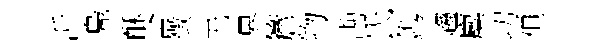
沂鳬酥舍徴无界簷物勘氏鎸趨麋㓛但